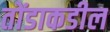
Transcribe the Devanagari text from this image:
तोंडाकडील